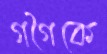
গগৈকে